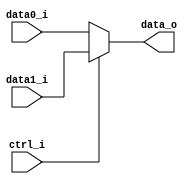
//Done
module MUX1
(
    ctrl_i,
    data0_i,
    data1_i,
    data_o
);

input [31:0] data0_i,data1_i;
input ctrl_i;
output [31:0] data_o;

reg [31:0]data_r;
assign data_o=data_r;
always @ (*) begin
    data_r=(ctrl_i ? data1_i:data0_i);
end
endmodule